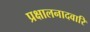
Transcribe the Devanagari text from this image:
प्रक्षालनादवारि